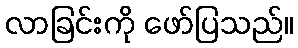
လာခြင်းကို ဖော်ပြသည်။